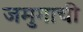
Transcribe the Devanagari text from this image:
जमुगाची